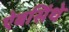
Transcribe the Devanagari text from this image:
ऐबसिंथे